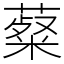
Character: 薒